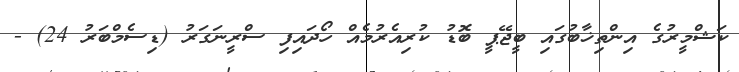
ކަޝްމީރުގެ އިންތިޚާބުގައި ބީޖޭޕީ ބޮޑު ކުރިއެރުމެއް ހޯދައިފި ސްރީނަގަރު (ޑިސެމްބަރު 24) -